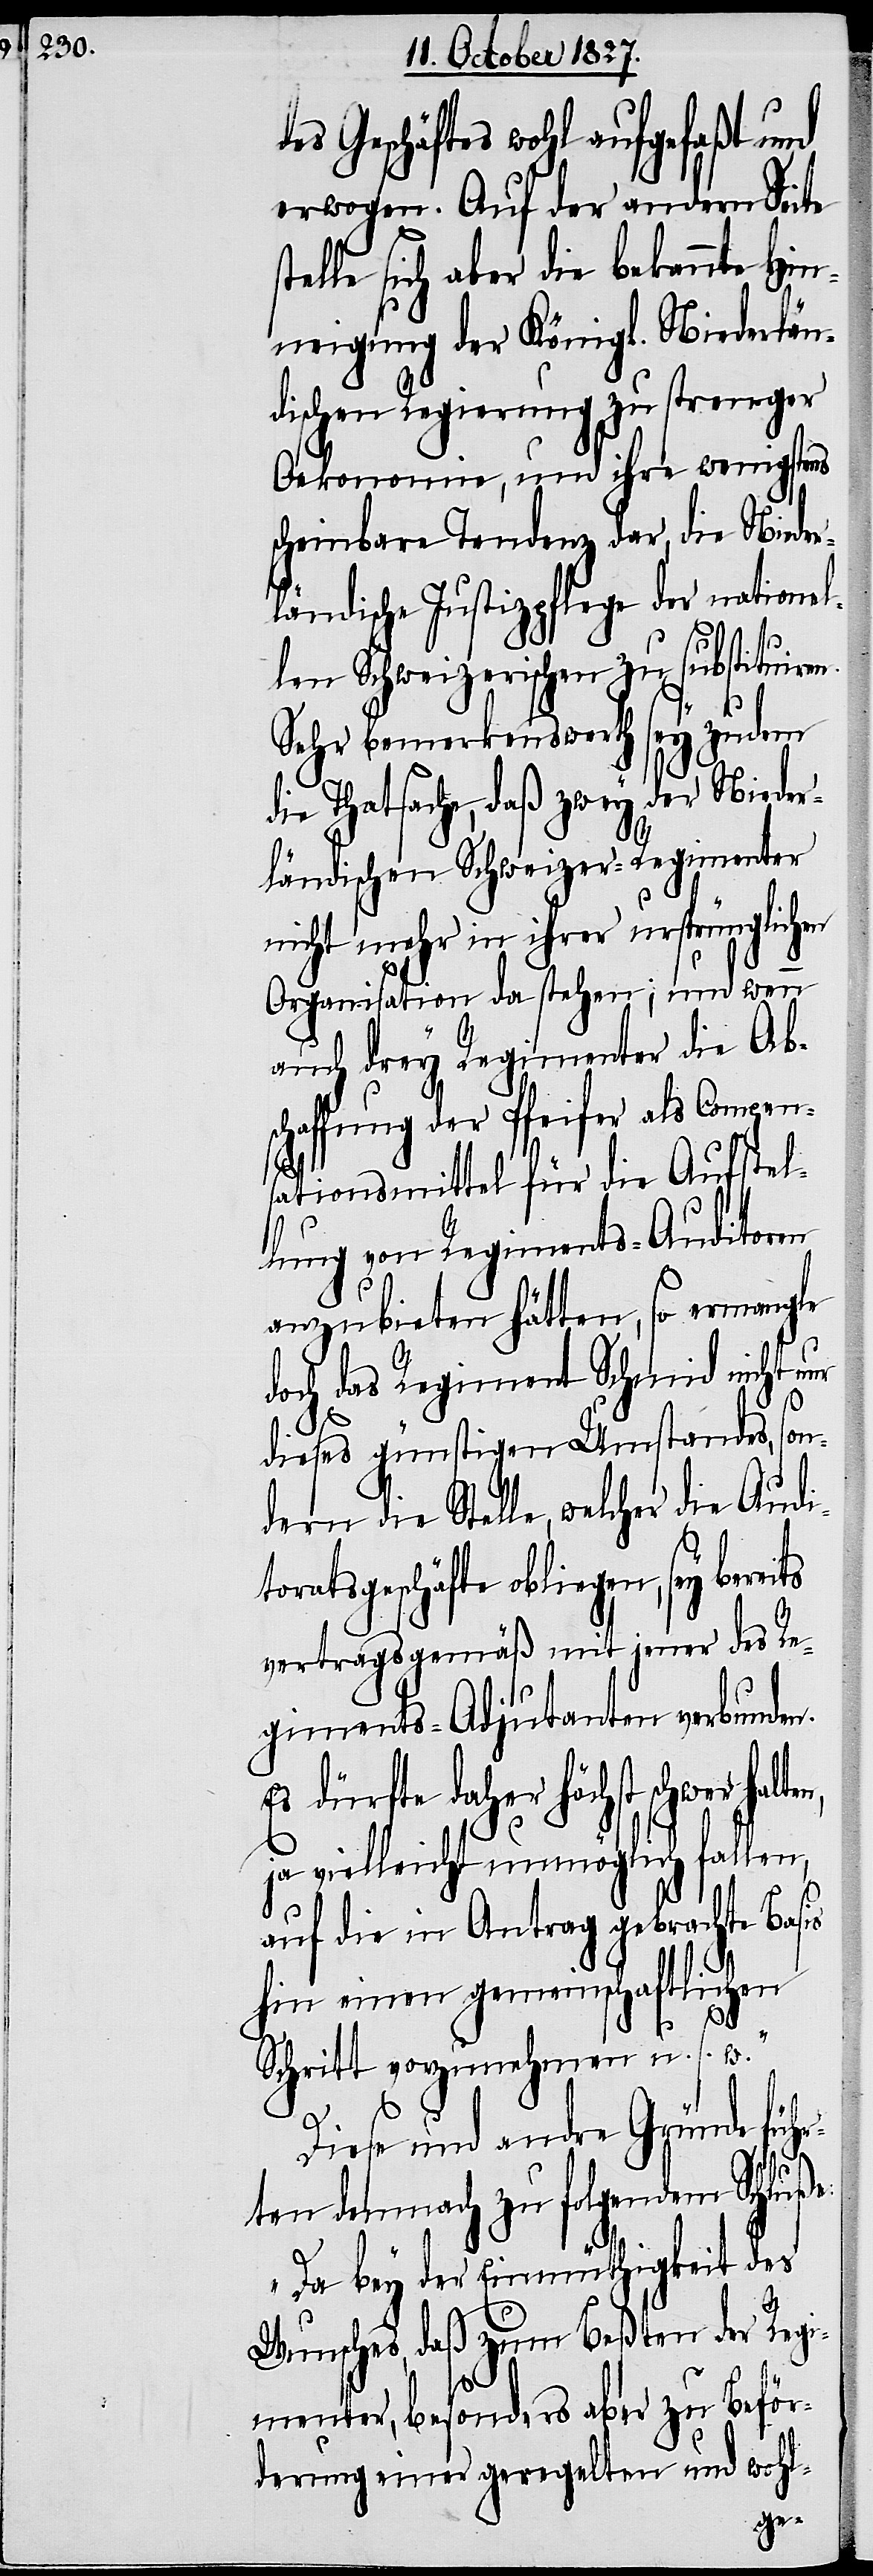
des Geschäftes wohl aufgefaßt und
erwogen. Auf der andern Seite
telle sich aber die bekannte Hin¬
neigung der Königl. Niederlän¬
dischen Regierung zu strenger
Oekonomie, und ihre wenigstens
scheinbare Tendenz dar, die Nieder¬
ländische Justizpflege der nationa¬
len Schweizerischen zu substituiren.
Sehr bemerkenswerth sey zudem
ie Thatsache, daß zwey der Nieder¬
ländischen Schweizer-Regimenter
nicht mehr in ihrer ursprünglichen
Organisation da stehen; und wenn
auch drey Regimenter die Ab¬
schaffung der Pfeifer als Compen¬
sationsmittel für die Aufstel¬
lung von Regiments-Auditoren
anzubieten hätten, so ermangle
doch das Regiment Schmid nicht nur
ts
dieses günstigen Umstandes, son¬
dern die Stelle, welcher die Audi¬
toratsgeschäfte obliegen, sey berei¬
vertragsgemäß mit jener des Re¬
giments-Adjutanten verbunden.
Es dürfte daher höchst schwer halt¬
ja vielleicht unmöglich fallen,
auf die in Antrag gebrachte Basis
hin einen gemeinschaftlichen
Schritt vorzunehmen u. s. w.“
Diese und andre Gründe füh¬
ße:
rten demnach zu folgendem Schlu¬
„Da bey der Einmüthigkeit des
Wunsches, daß zum Beßten der Regi¬
menter, besonders aber zu Beför¬
derung einer geregelten und wohl-